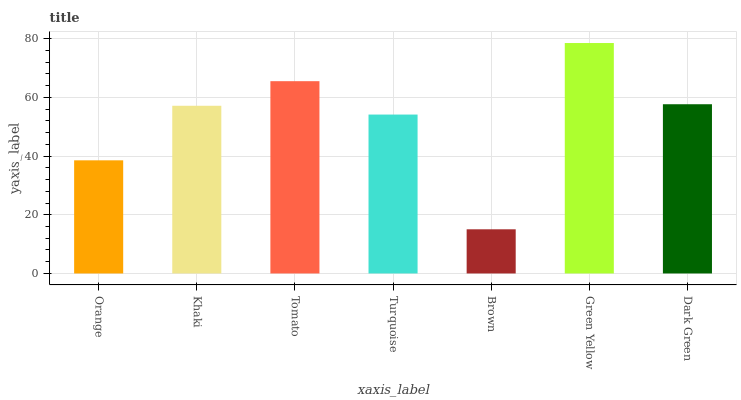
| xaxis_label | bars |
 | --- | --- |
 | Orange | 38.6 |
 | Khaki | 57.1 |
 | Tomato | 65.5 |
 | Turquoise | 54.1 |
 | Brown | 15.1 |
 | Green Yellow | 78.5 |
 | Dark Green | 57.7 |